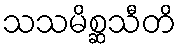
သသမိစ္ဆသီတိ